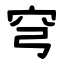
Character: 穹